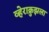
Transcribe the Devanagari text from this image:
व्हेराक्रुझला